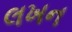
લખન